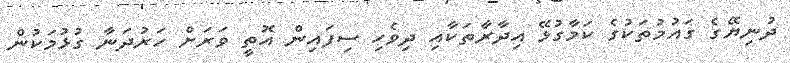
ދުނިޔޭގެ ގައުމުތަކުގެ ކަމާގުޅޭ އިދާރާތަކާއި ދިވެހި ސިފައިން އޮތީ ވަރަށް ހަރުދަނާ ގުޅުމަކުން